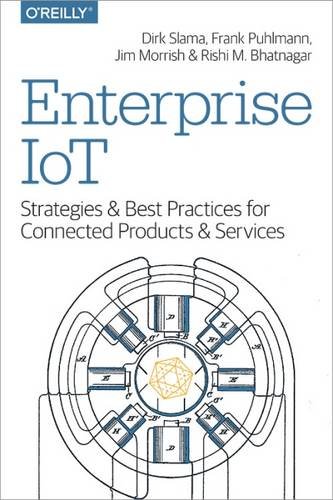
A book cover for Enterprise IoT: Strategies and Best Practices for Connected Products and Services; Dirk Slama; Computers & Technology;